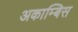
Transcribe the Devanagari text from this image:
अकाम्बिस